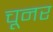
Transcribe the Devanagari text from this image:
चूनर